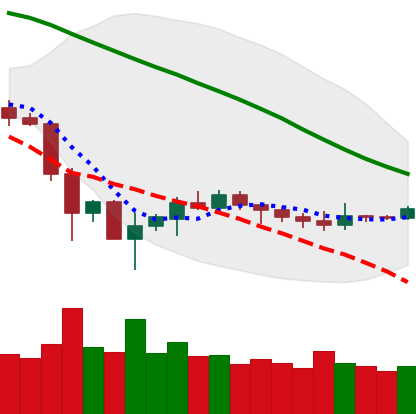
Ticker: ETH-USD
Chart end date: 2019-12-08
Forward return: -4.178%
Label: down_3_5